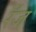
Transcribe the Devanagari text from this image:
रँज